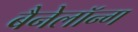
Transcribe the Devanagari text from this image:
बैनेलॉन्ग